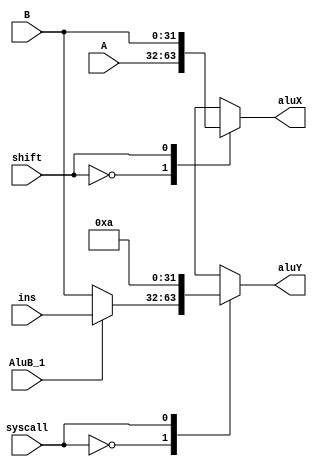
module RegFiletoALU(A,B,shift,AluB_1,ins,syscall,aluX,aluY);
   input [31:0] A;
   input [31:0] B;
   input [31:0] ins;
   input AluB_1,shift,syscall;
   output reg[31:0] aluX;
   output reg[31:0] aluY;
   reg [31:0] X;
   reg [31:0] Y;
   always @(A,B,ins,AluB_1,shift,syscall) begin
   ////////////////////////////////////////
   case(shift)
   0:begin
   	aluX=A;
   	end
   1:begin
   	aluX=B;
    end
   default:begin
   	aluX=0;
   end
   endcase
   ///////////////////////////////////////
   case(syscall)
   0:begin
   	  if(AluB_1==0) begin
   	  	aluY=B;
   	  end
   	  else begin
   	  	aluY=ins;
   	  end
    end
   1:begin
   	 aluY=32'ha;
   end
   default:begin
   	 aluY=0;
   end
   endcase
  end
endmodule